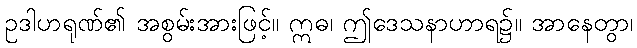
ဥဒါဟရုဏ်၏ အစွမ်းအားဖြင့်။ ဣဓ၊ ဤဒေသနာဟာရ၌။ အာနေတွာ၊